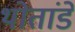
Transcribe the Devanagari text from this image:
थोतांडे